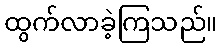
ထွက်လာခဲ့ကြသည်။